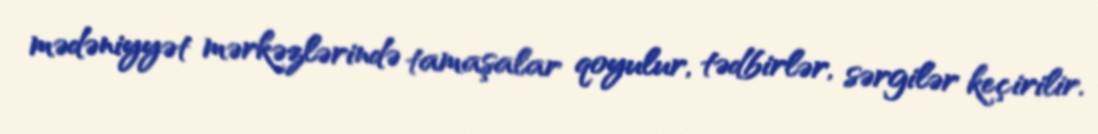
mədəniyyət mərkəzlərində tamaşalar qoyulur, tədbirlər, sərgilər keçirilir.